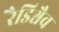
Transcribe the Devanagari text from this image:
रैडिश्चैव